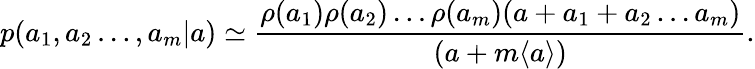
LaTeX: p(a_{1},a_{2}\ldots,a_{m}|a)\simeq\frac{\rho(a_{1})\rho(a_{2})\ldots\rho(a_{m})(a+a_{1}+a_{2}\ldots a_{m})}{(a+m\langle a\rangle)}.